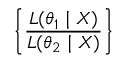
\left\{ { \frac { L ( \theta _ { 1 } \mid X ) } { L ( \theta _ { 2 } \mid X ) } } \right\}